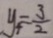
y _ { 4 } = \frac { 3 } { 2 }